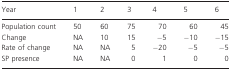
| Year | 1 | 2 | 3 | 4 | 5 | 6 |
 | --- | --- | --- | --- | --- | --- | --- |
 | Population count | 50 | 60 | 75 | 70 | 60 | 45 |
 | Change | NA | 10 | 15 | −5 | −10 | −15 |
 | Rate of change | NA | NA | 5 | −20 | −5 | −5 |
 | SP presence | NA | NA | 0 | 1 | 0 | 0 |